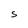
Character: 5